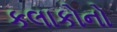
કલાકોનો